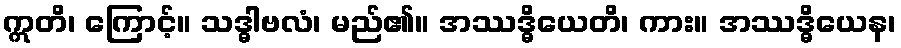
ဣတိ၊ ကြောင့်။ သဒ္ဓါဗလံ၊ မည်၏။ အဿဒ္ဓိယေတိ၊ ကား။ အဿဒ္ဓိယေန၊